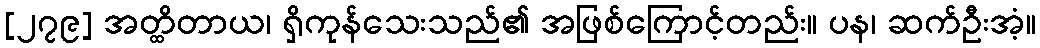
[၂၇၉] အတ္ထိတာယ၊ ရှိကုန်သေးသည်၏ အဖြစ်ကြောင့်တည်း။ ပန၊ ဆက်ဦးအံ့။